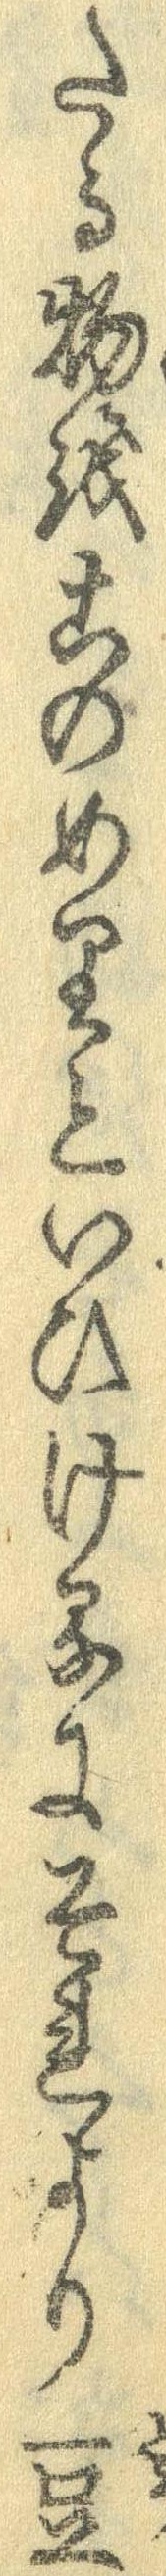
たる物をこのめりといひけるにそれより豆